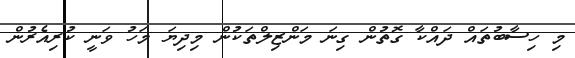
މި ހިސާބުތައް ދައްކާ ގޮތުން ގިނަ މަންޒިލްތަކުން މިދިޔަ މަހު ވަނީ ކުރިއެރުން